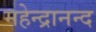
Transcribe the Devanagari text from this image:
महेन्द्रानन्द